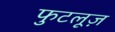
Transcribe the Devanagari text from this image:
फुटलूज़